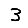
Digit: 3